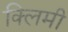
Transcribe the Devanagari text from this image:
क्लिमी